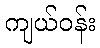
ကျယ်ဝန်း